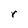
Character: r